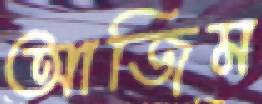
আজিম